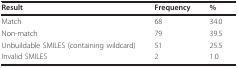
<table><thead><tr><td><b>Result</b></td><td><b>Frequency</b></td><td><b>%</b></td></tr></thead><tbody><tr><td>Match</td><td>68</td><td>34.0</td></tr><tr><td>Non-match</td><td>79</td><td>39.5</td></tr><tr><td>Unbuildable SMILES (containing wildcard)</td><td>51</td><td>25.5</td></tr><tr><td>Invalid SMILES</td><td>2</td><td>1.0</td></tr></tbody></table>